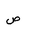
Letter: _sad